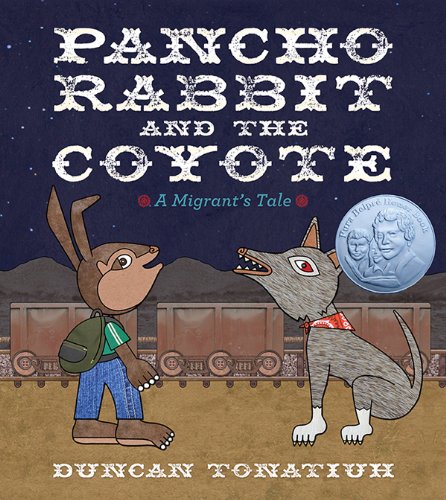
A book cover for Pancho Rabbit and the Coyote: A Migrant's Tale (Tomas Rivera Mexican-American Children's Book Award (Awards)); Duncan Tonatiuh; Children's Books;